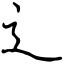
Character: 辶